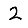
Digit: 2